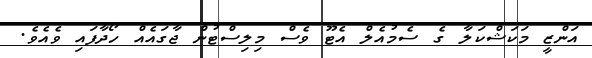
އަންޒީ މަކަޝްކަލާ ގެ ސެމުއެލް އެޓޫ ވެސް މިލިސްޓުން ޖާގައެއް ހޯދާފައި ވެއެވެ.